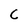
Character: C